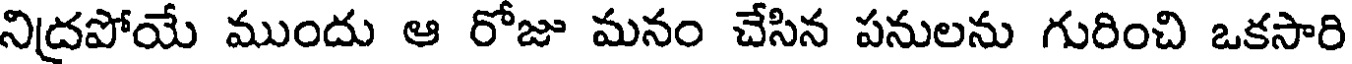
నిద్రపోయే ముందు ఆ రోజు మనం చేసిన పనులను గురించి ఒకసారి